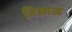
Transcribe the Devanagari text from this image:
विसाळ